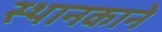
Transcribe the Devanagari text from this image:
स्थानकाने